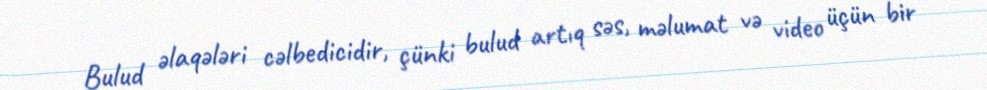
Bulud əlaqələri cəlbedicidir, çünki bulud artıq səs, məlumat və video üçün bir